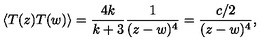
\langle T ( z ) T ( w ) \rangle = \frac { 4 k } { k + 3 } \frac { 1 } { ( z - w ) ^ { 4 } } = \frac { c / 2 } { ( z - w ) ^ { 4 } } ,